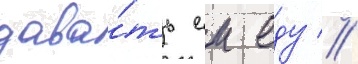
дава́ть еи еду //